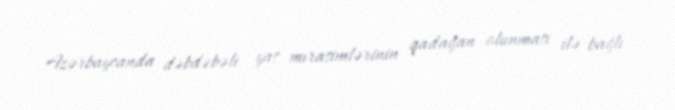
Azərbaycanda dəbdəbəli yas mırasimlərinin qadağan olunması ilə bağlı